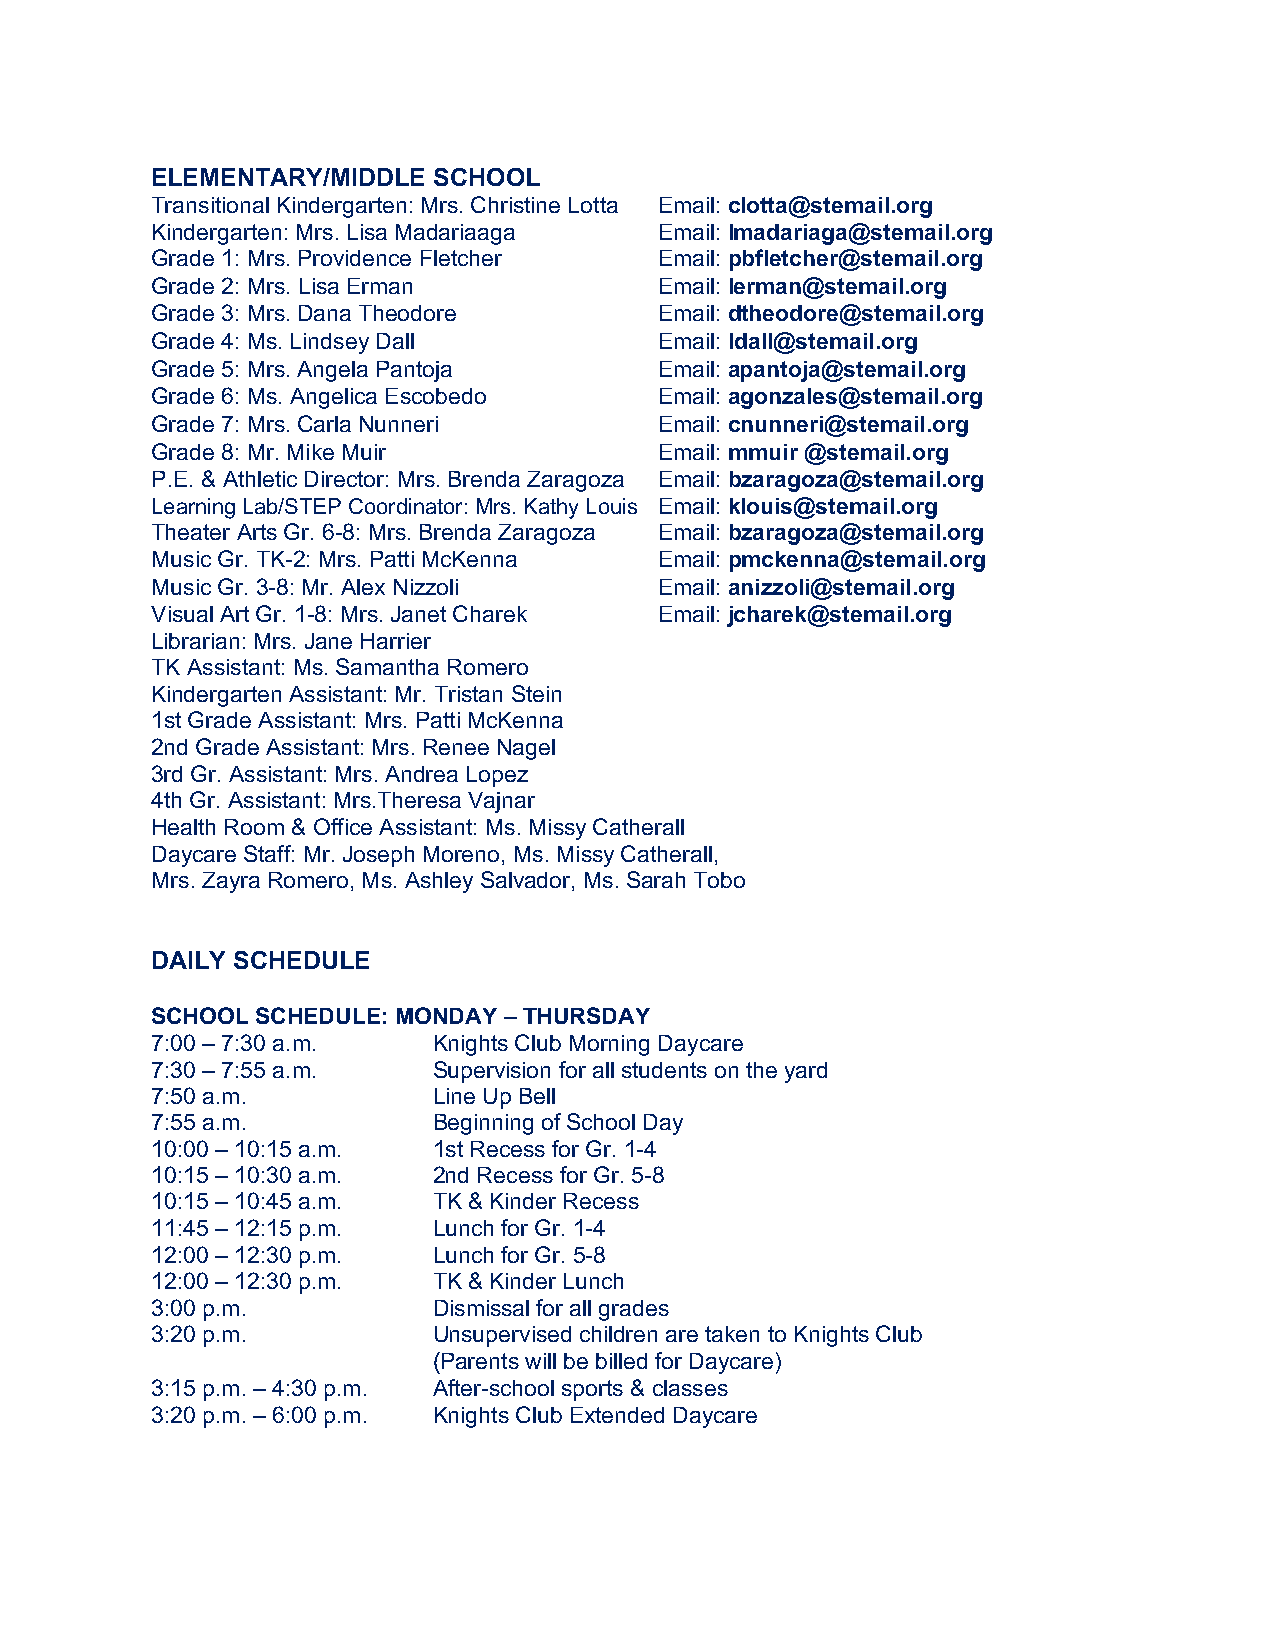
ELEMENTARY/MIDDLE  SCHOOL
 Transitional Kindergarten: Mrs. Christine Lotta Email: clotta@stemail.org
 Kindergarten: Mrs. Lisa Madariaaga Email: lmadariaga@stemail.org
 Grade 1: Mrs. Providence Fletcher Email: pbfletcher@stemail.org
 Grade 2: Mrs. Lisa Erman          Email: lerman@stemail.org
 Grade 3: Mrs. Dana Theodore       Email: dtheodore@stemail.org
 Grade 4: Ms. Lindsey Dall         Email: ldall@stemail.org
 Grade 5: Mrs. Angela Pantoja      Email: apantoja@stemail.org
 Grade 6: Ms. Angelica Escobedo    Email: agonzales@stemail.org
 Grade 7: Mrs. Carla Nunneri       Email: cnunneri@stemail.org
 Grade 8: Mr. Mike Muir            Email: mmuir @stemail.org
 P.E. & Athletic Director: Mrs. Brenda Zaragoza Email: bzaragoza@stemail.org
 Learning Lab/STEP Coordinator: Mrs. Kathy Louis Email: klouis@stemail.org
 Theater Arts Gr. 6-8: Mrs. Brenda Zaragoza Email: bzaragoza@stemail.org
 Music Gr. TK-2: Mrs. Patti McKenna Email: pmckenna@stemail.org
 Music Gr. 3-8: Mr. Alex Nizzoli   Email: anizzoli@stemail.org
 Visual Art Gr. 1-8: Mrs. Janet Charek Email: jcharek@stemail.org
 Librarian: Mrs. Jane Harrier
 TK Assistant: Ms. Samantha Romero
 Kindergarten Assistant: Mr. Tristan Stein
 1st Grade Assistant: Mrs. Patti McKenna
 2nd Grade Assistant: Mrs. Renee Nagel
 3rd Gr. Assistant: Mrs. Andrea Lopez
 4th Gr. Assistant: Mrs.Theresa Vajnar
 Health Room & Office Assistant: Ms. Missy Catherall
 Daycare Staff: Mr. Joseph Moreno, Ms. Missy Catherall,
 Mrs. Zayra Romero, Ms. Ashley Salvador, Ms. Sarah Tobo
 DAILY SCHEDULE
 SCHOOL SCHEDULE: MONDAY – THURSDAY
 7:00 – 7:30 a.m.   Knights Club Morning Daycare
 7:30 – 7:55 a.m.   Supervision for all students on the yard
 7:50 a.m.          Line Up Bell
 7:55 a.m.          Beginning of School Day
 10:00 – 10:15 a.m. 1st Recess for Gr. 1-4
 10:15 – 10:30 a.m. 2nd Recess for Gr. 5-8
 10:15 – 10:45 a.m. TK & Kinder Recess
 11:45 – 12:15 p.m. Lunch for Gr. 1-4
 12:00 – 12:30 p.m. Lunch for Gr. 5-8
 12:00 – 12:30 p.m. TK & Kinder Lunch
 3:00 p.m.          Dismissal for all grades
 3:20 p.m.          Unsupervised children are taken to Knights Club
 (Parents will be billed for Daycare)
 3:15 p.m. – 4:30 p.m. After-school sports & classes
 3:20 p.m. – 6:00 p.m. Knights Club Extended Daycare